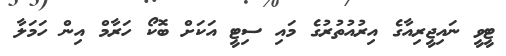
ޓީވީ ނައިޖީރިއާގެ އިރުއުތުރުގެ މައި ސިޓީ އަކަށް ބޮކޯ ހަރާމް އިން ހަމަލާ